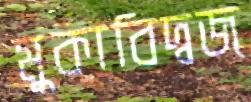
মুকাবিদ্বজ্